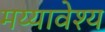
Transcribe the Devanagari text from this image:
मय्यावेश्य